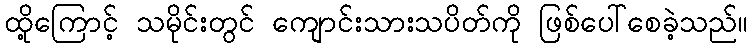
ထို့ကြောင့် သမိုင်းတွင် ကျောင်းသားသပိတ်ကို ဖြစ်ပေါ်စေခဲ့သည်။